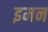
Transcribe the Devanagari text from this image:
इमन